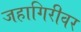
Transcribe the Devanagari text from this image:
जहागिरीवर